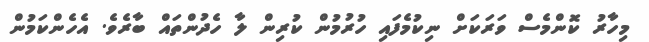
މިހާރު ކޮންމެސް ވަރަކަށް ނިކުމެފައި ހުރުމުން ކުރިން ލާ ހެދުންތައް ބާރެވެ. އެހެންކަމުން